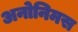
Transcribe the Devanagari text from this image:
अनोनिमस